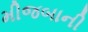
મીજબાની